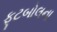
ફૂટબોલના